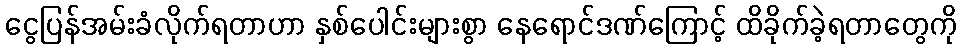
ငွေပြန်အမ်းခံလိုက်ရတာဟာ နှစ်ပေါင်းများစွာ နေရောင်ဒဏ်ကြောင့် ထိခိုက်ခဲ့ရတာတွေကို